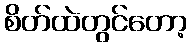
စိတ်ထဲတွင်တော့